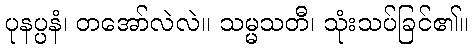
ပုနပ္ပနံ၊ တအော်လဲလဲ။ သမ္မသတီ၊ သုံးသပ်ခြင်၏။